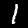
Label: 1